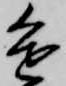
進